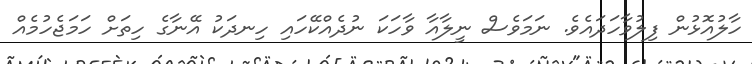
ހާލުއޮޅުން ފިލުވާހަދައެވެ. ނަމަވެސް ނީލާއާ ވާހަކަ ނުދެއްކޭހައި ހިނދަކު އޭނާގެ ހިތަށް ހަމަޖެހުމެއް